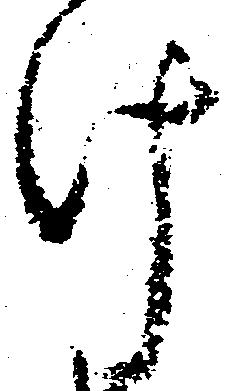
け